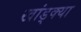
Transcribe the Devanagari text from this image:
खांड्क्या